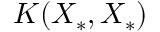
K ( X _ { * } , X _ { * } )